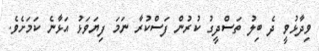
ވިދާޅުވީ ދެ ބިލު ތަސްދީގު ކުރުން ފަސްކުރާ ނަމަ ފިޔަވަޅު އަޅާނެ ކަމަށެވެ.